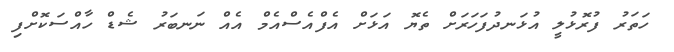
ހަތަރު ފުރޮޅުލީ އުޅަނދުފަހަރަށް ތެޔޮ އަޅަށް އެފްއެސްއެމް އެއް ނަނބަރު ޝެޑް ހާއްސަކޮށްފި